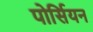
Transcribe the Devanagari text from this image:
पोर्सियन